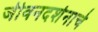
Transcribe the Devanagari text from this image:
जीवनदर्शनाचे